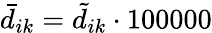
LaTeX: \bar{d}_{ik}=\tilde{d}_{ik}\cdot 100000